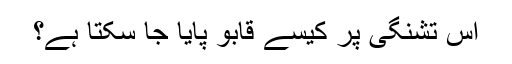
اس تشنگی پر کیسے قابو پایا جا سکتا ہے؟